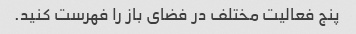
پنج فعالیت مختلف در فضای باز را فهرست کنید.